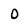
Character: 0